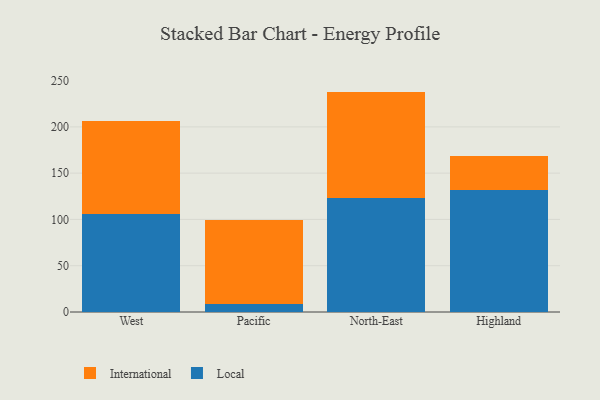
{"axis": {"x": "Region", "y": "Temperature (°C)"}, "legend": ["International", "Local"], "data": [{"x": "West", "y": 106.1, "type": "Local"}, {"x": "West", "y": 99.8, "type": "International"}, {"x": "Pacific", "y": 8.9, "type": "Local"}, {"x": "Pacific", "y": 90.2, "type": "International"}, {"x": "North-East", "y": 123.3, "type": "Local"}, {"x": "North-East", "y": 114.8, "type": "International"}, {"x": "Highland", "y": 131.3, "type": "Local"}, {"x": "Highland", "y": 37.5, "type": "International"}]}